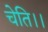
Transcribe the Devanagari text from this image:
चेति।।